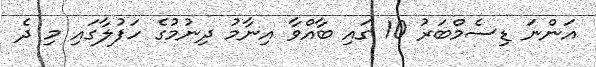
އަންނަ ޑިސެމްބަރު 10 ގައި ބާއްވާ އިނާމު ދިނުމުގެ ހަފުލާގައި މި ދެ